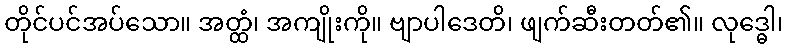
တိုင်ပင်အပ်သော။ အတ္ထံ၊ အကျိုးကို။ ဗျာပါဒေတိ၊ ဖျက်ဆီးတတ်၏။ လုဒ္ဓေါ၊